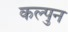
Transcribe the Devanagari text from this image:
कल्पुन